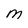
Character: M